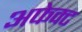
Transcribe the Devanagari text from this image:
अफेक्ट